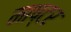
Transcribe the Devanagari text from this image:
माष्टर